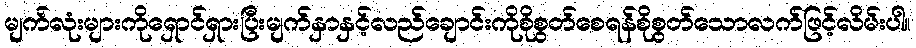
မျက်လုံးများကိုရှောင်ရှားပြီးမျက်နှာနှင့်လည်ချောင်းကိုစိုစွတ်စေရန်စိုစွတ်သောလက်ဖြင့်လိမ်းပါ။